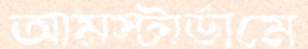
আমস্টার্ডামে